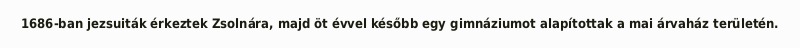
1686-ban jezsuiták érkeztek Zsolnára, majd öt évvel később egy gimnáziumot alapítottak a mai árvaház területén.